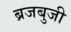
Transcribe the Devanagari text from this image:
ब्रजबुजी